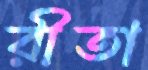
রীতা